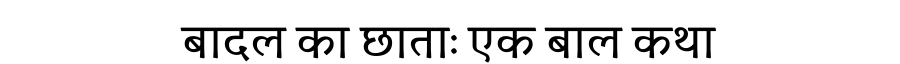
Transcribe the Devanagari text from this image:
बादल का छाताः एक बाल कथा